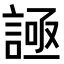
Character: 𧩦